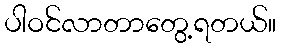
ပါဝင်လာတာတွေ့ရတယ်။